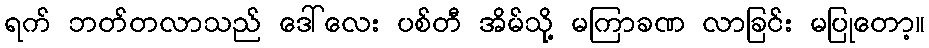
ရက် ဘတ်တလာသည် ဒေါ်လေး ပစ်တီ အိမ်သို့ မကြာခဏ လာခြင်း မပြုတော့။